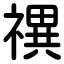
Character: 禩